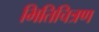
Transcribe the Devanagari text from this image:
भितिचित्रण